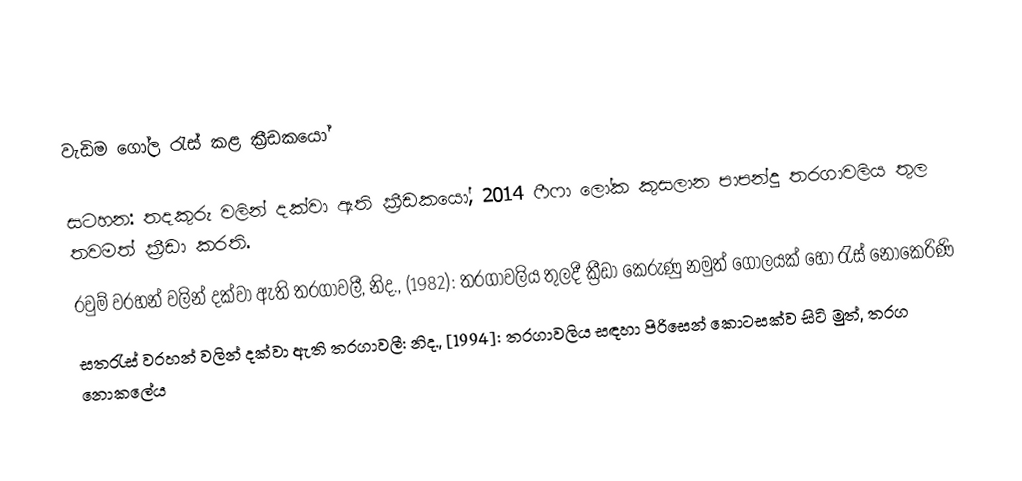

වැඩිම ගෝල රැස් කළ ක්‍රීඩකයෝ

සටහන: තදකුරු වලින් දක්වා ඇති ක්‍රීඩකයෝ, 2014 ෆීෆා ලෝක කුසලාන පාපන්දු තරගාවලිය තුල තවමත් ක්‍රීඩා කරති.
 රවුම් වරහන් වලින් දක්වා ඇති තරගාවලී, නිද., (1982): තරගාවලිය තුලදී ක්‍රීඩා කෙරුණු නමුත් ගෝලයක් හෝ රැස් නොකෙරිණි
සතරැස් වරහන් වලින් දක්වා ඇති තරගාවලී: නිද., [1994]: තරගාවලිය සඳහා පිරිසෙන් කොටසක්ව සිටි මුත්, තරග නොකලේය